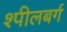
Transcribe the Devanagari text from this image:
श्पीलबर्ग